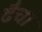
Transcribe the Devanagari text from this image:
ढैचा